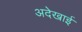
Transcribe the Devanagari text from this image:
अदेखाई